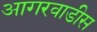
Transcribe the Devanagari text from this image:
आगरवाडीस